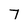
Character: 7